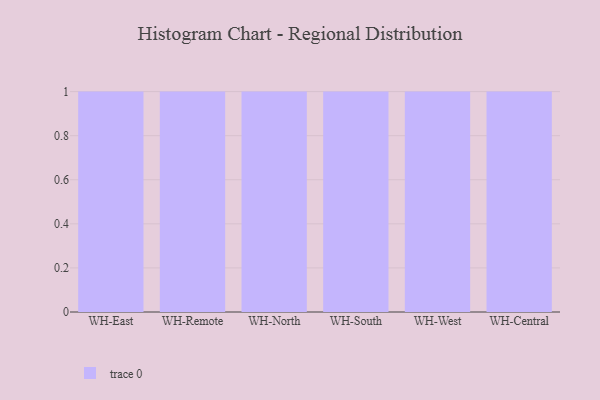
{"axis": {"x": "Warehouse", "y": "Website Visitors"}, "legend": [""], "data": [{"x": "WH-East", "y": 39, "type": ""}, {"x": "WH-Remote", "y": 24, "type": ""}, {"x": "WH-North", "y": 2, "type": ""}, {"x": "WH-South", "y": 48, "type": ""}, {"x": "WH-West", "y": 97, "type": ""}, {"x": "WH-Central", "y": 87, "type": ""}]}